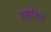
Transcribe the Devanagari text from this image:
शक्तिने